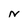
Character: N